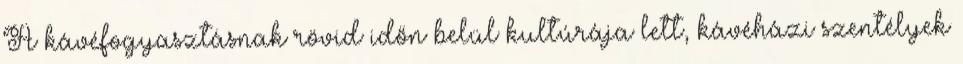
A kávéfogyasztásnak rövid időn belül kultúrája lett, kávéházi szentélyek